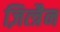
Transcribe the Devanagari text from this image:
ज़ित्त्रैन